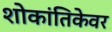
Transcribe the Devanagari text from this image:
शोकांतिकेवर